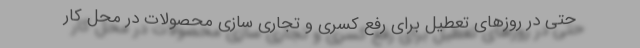
حتی در روزهای تعطیل برای رفع کسری و تجاری سازی محصولات در محل کار